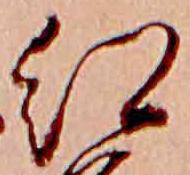
紅